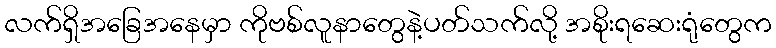
လက်ရှိအခြေအနေမှာ ကိုဗစ်လူနာတွေနဲ့ပတ်သက်လို့ အစိုးရဆေးရုံတွေက